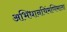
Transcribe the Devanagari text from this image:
अभिधानचिंमणिमाला